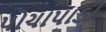
પોચાપાડી